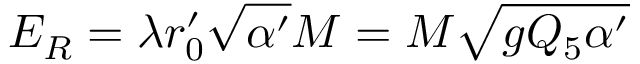
E _ { R } = \lambda r _ { 0 } ^ { \prime } \sqrt { \alpha ^ { \prime } } M = M \sqrt { g Q _ { 5 } \alpha ^ { \prime } }